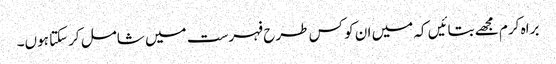
براہ کرم مجھے بتائیں کہ میں ان کو کس طرح فہرست میں شامل کرسکتا ہوں۔